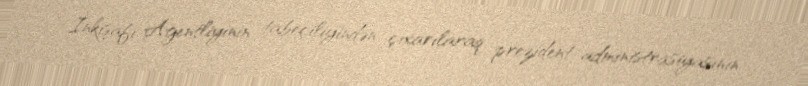
İnkişafı Agentliyinin tabeçiliyindən çıxarılaraq prezident administrasiyasının